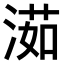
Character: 𣺾